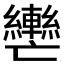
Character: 𮝲